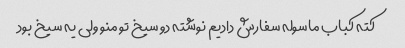
کته کباب ماسوله سفارش دادیم نوشته دو سیخ تو منو ولی یه سیخ بود